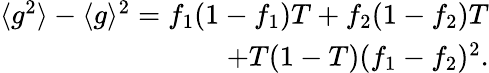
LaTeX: \begin{array}{r}{{\langle g^{2}\rangle-\langle g\rangle^{2}=f_{1}(1-f_{1})T+f_{2}(1-f_{2})T}}\\ {{+T(1-T)(f_{1}-f_{2})^{2}}.}\end{array}